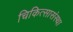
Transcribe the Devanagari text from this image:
चिकित्सासंस्था